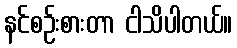
နင်စဉ်းစားတာ ငါသိပါတယ်။